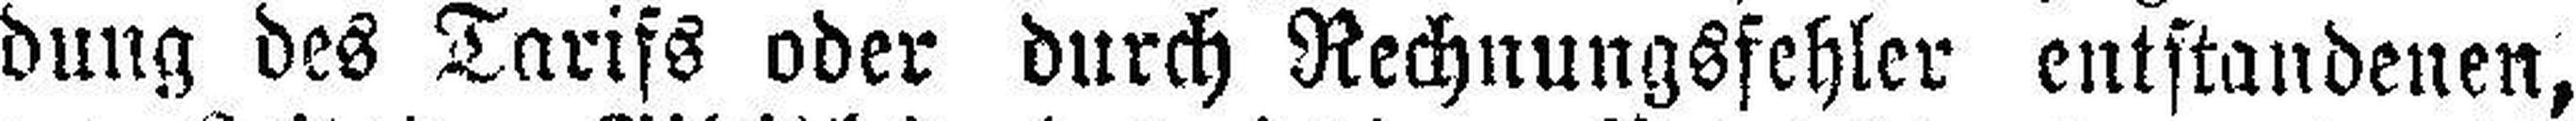
dung des Tarifs oder durch Rechnungsfehler entstandenen,